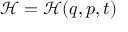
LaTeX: { \mathcal { H } } = { \mathcal { H } } ( { \boldsymbol { q } } , { \boldsymbol { p } } , t )